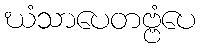
ဃံသာပေတဗ္ဗံပေ